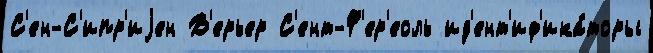
С'ен-С'ипр'иjен В'ерьер С'ент-Ф'ер'еоль ид'ент'иф'ика́торы